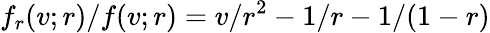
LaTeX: f_{r}(v;r)/f(v;r)=v/r^{2}-1/r-1/(1-r)